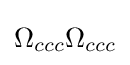
\Omega _{ccc}\Omega _{ccc}